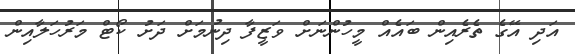
އަދި އޭގެ ތެރެއިން ބައެއް މީހުންނަށް ވަޒީފާ ދިނުމަށް ދަށު ކޯޓް މަރުހަލާއިން